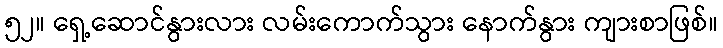
၅၂။ ရှေ့ဆောင်နွားလား လမ်းကောက်သွား နောက်နွား ကျားစာဖြစ်။